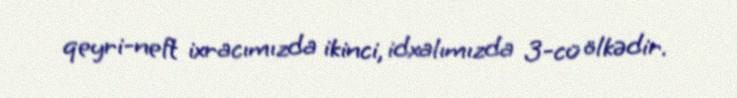
qeyri-neft ixracımızda ikinci, idxalımızda 3-cü ölkədir.